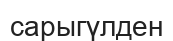
сарыгүлден